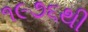
૧૯૭૬થી